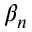
\beta _ { n }